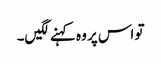
تو اس پر وہ کہنے لگیں۔